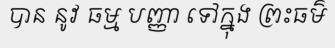
បាន នូវ ធម្ម បញ្ញា ទៅក្នុង ព្រះធម៌